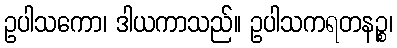
ဥပါသကော၊ ဒါယကာသည်။ ဥပါသကရတနဉ္စ၊